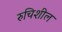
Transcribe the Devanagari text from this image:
रुचिशील